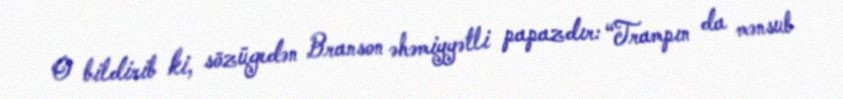
O bildirib ki, sözügedən Branson əhəmiyyətli papazdır: “Trampın da mənsub